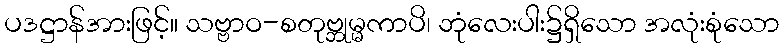
ပဒဋ္ဌာန်အားဖြင့်။ သဗ္ဗာဝ-စတုဗ္ဘုမ္မကာပိ၊ ဘုံလေးပါး၌ရှိသော အလုံးစုံသော